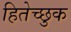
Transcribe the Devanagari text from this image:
हितेच्छुक